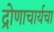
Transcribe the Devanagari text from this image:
द्रोणाचार्यचा